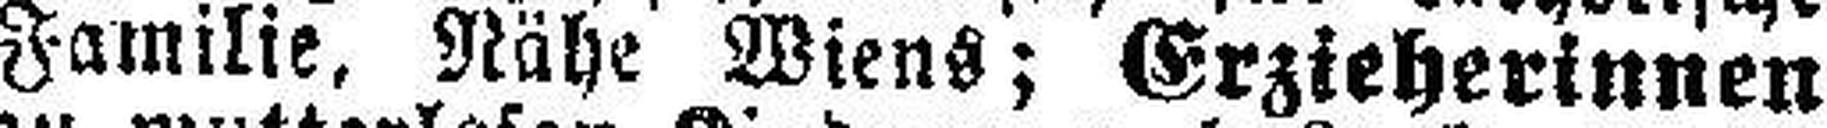
Familie, Nähe Wiens; Erzieherinnen